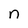
Character: n